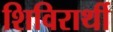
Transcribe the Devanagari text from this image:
शिविरार्थी